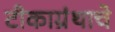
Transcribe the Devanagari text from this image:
टीकाग्रंथाचे